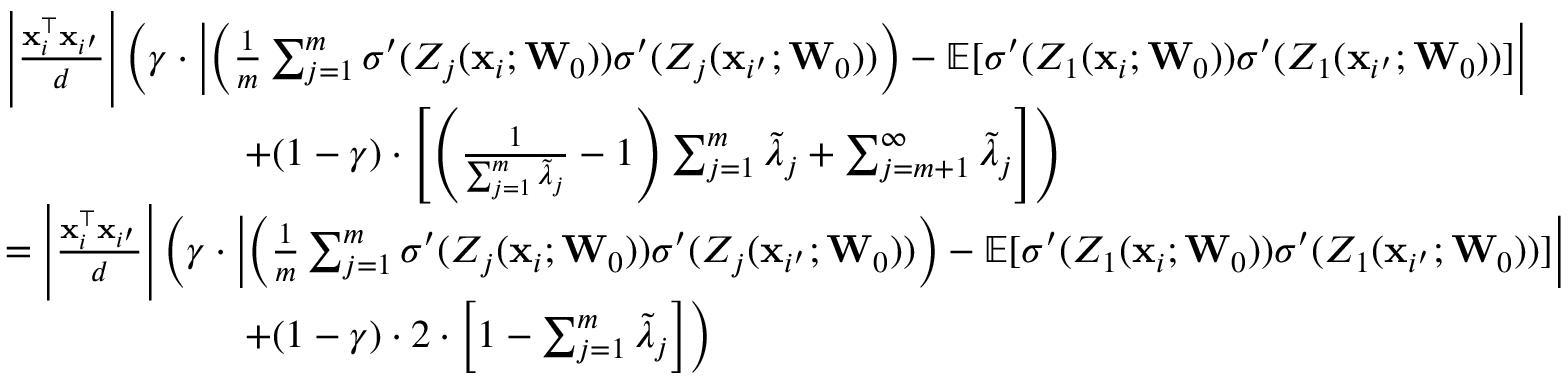
\begin{array} { r l } & { \left| \frac { \mathbf { x } _ { i } ^ { \top } \mathbf { x } _ { i ^ { \prime } } } { d } \right| \left( \gamma \cdot \left| \left( \frac { 1 } { m } \sum _ { j = 1 } ^ { m } \sigma ^ { \prime } ( Z _ { j } ( \mathbf { x } _ { i } ; \mathbf { W } _ { 0 } ) ) \sigma ^ { \prime } ( Z _ { j } ( \mathbf { x } _ { i ^ { \prime } } ; \mathbf { W } _ { 0 } ) ) \right) - \mathbb E [ \sigma ^ { \prime } ( Z _ { 1 } ( \mathbf { x } _ { i } ; \mathbf { W } _ { 0 } ) ) \sigma ^ { \prime } ( Z _ { 1 } ( \mathbf { x } _ { i ^ { \prime } } ; \mathbf { W } _ { 0 } ) ) ] \right| \right. } \\ & { \qquad \qquad \qquad \left. + ( 1 - \gamma ) \cdot \left[ \left( \frac { 1 } { \sum _ { j = 1 } ^ { m } \widetilde \lambda _ { j } } - 1 \right) \sum _ { j = 1 } ^ { m } \widetilde \lambda _ { j } + \sum _ { j = m + 1 } ^ { \infty } \widetilde \lambda _ { j } \right] \right) } \\ & { = \left| \frac { \mathbf { x } _ { i } ^ { \top } \mathbf { x } _ { i ^ { \prime } } } { d } \right| \left( \gamma \cdot \left| \left( \frac { 1 } { m } \sum _ { j = 1 } ^ { m } \sigma ^ { \prime } ( Z _ { j } ( \mathbf { x } _ { i } ; \mathbf { W } _ { 0 } ) ) \sigma ^ { \prime } ( Z _ { j } ( \mathbf { x } _ { i ^ { \prime } } ; \mathbf { W } _ { 0 } ) ) \right) - \mathbb E [ \sigma ^ { \prime } ( Z _ { 1 } ( \mathbf { x } _ { i } ; \mathbf { W } _ { 0 } ) ) \sigma ^ { \prime } ( Z _ { 1 } ( \mathbf { x } _ { i ^ { \prime } } ; \mathbf { W } _ { 0 } ) ) ] \right| \right. } \\ & { \qquad \qquad \qquad \left. + ( 1 - \gamma ) \cdot 2 \cdot \left[ 1 - \sum _ { j = 1 } ^ { m } \widetilde \lambda _ { j } \right] \right) } \end{array}